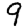
Digit: 9